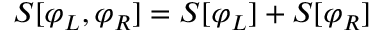
S [ \varphi _ { L } , \varphi _ { R } ] = S [ \varphi _ { L } ] + S [ \varphi _ { R } ]